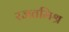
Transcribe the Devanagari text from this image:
रजतमिश्र